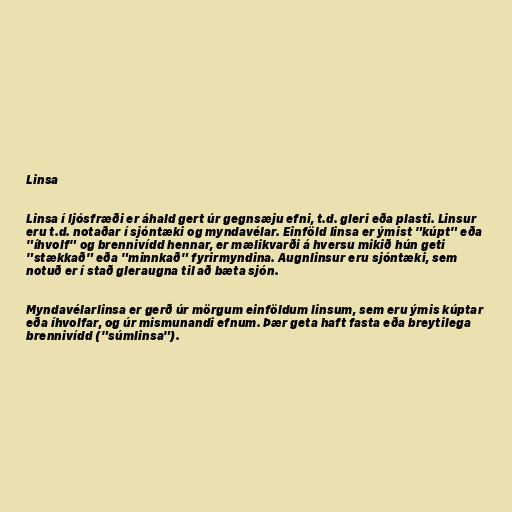
Linsa

Linsa í ljósfræði er áhald gert úr gegnsæju efni, t.d. gleri eða plasti. Linsur
eru t.d. notaðar í sjóntæki og myndavélar. Einföld linsa er ýmist "kúpt" eða
"íhvolf" og brennivídd hennar, er mælikvarði á hversu mikið hún geti
"stækkað" eða "minnkað" fyrirmyndina. Augnlinsur eru sjóntæki, sem
notuð er í stað gleraugna til að bæta sjón.

Myndavélarlinsa er gerð úr mörgum einföldum linsum, sem eru ýmis kúptar
eða íhvolfar, og úr mismunandi efnum. Þær geta haft fasta eða breytilega
brennivídd ("súmlinsa").